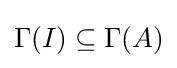
\Gamma (I)\subseteq \Gamma (A)